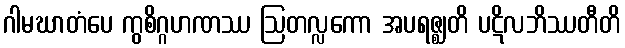
ဂါမဃာတံပေ ကွစိဂ္ဂဟဏဿ ဩတလ္လကော အပရဇ္ဈတိ ပဋိလဘိဿတီတိ